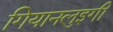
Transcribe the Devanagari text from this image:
गियानलुइगी